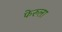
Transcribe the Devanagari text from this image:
फेरुला